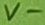
Text: V-